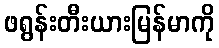
ဖရွန်းတီးယားမြန်မာကို